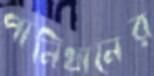
পানিধানের